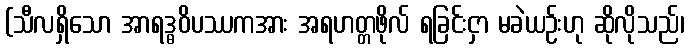
(သီလရှိသော အာရဒ္ဓဝိပဿကအား အရဟတ္တဖိုလ် ရခြင်းငှာ မခဲယဉ်းဟု ဆိုလိုသည်၊